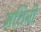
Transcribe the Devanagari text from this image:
मशिनी